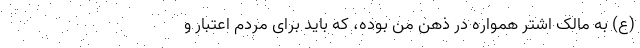
(ع) به مالک اشتر همواره در ذهن من بوده، که باید برای مردم اعتبار و